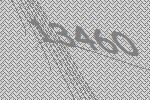
13460